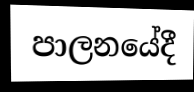
පාලනයේදී